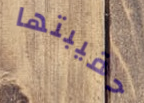
حقيبتها